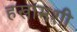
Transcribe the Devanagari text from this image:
हखामशी